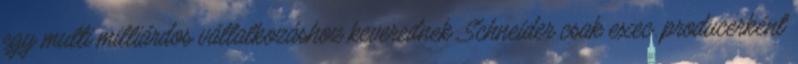
egy multi milliárdos vállalkozáshoz keverednek. Schneider csak exec. producerként